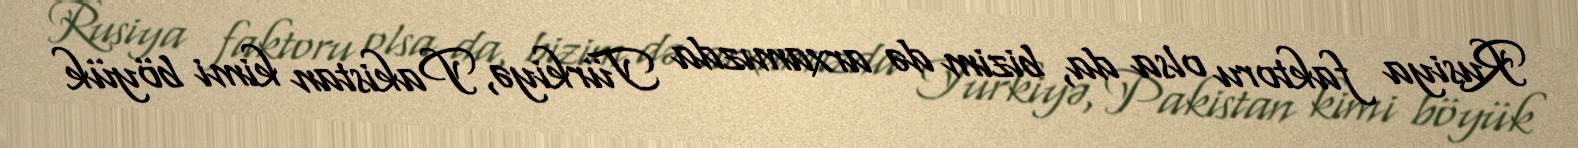
Rusiya faktoru olsa da, bizim də arxamızda Türkiyə, Pakistan kimi böyük